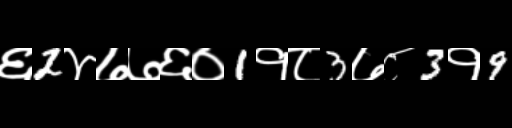
Text: ६2४७७६०1१८3७८3१9